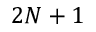
2 N + 1